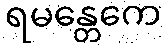
ရမန္တေကေ